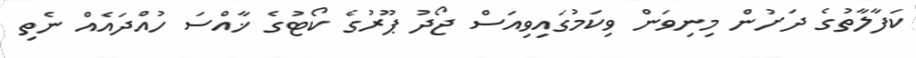
ކަފާލާތުގެ ދަށުން މިނިވަން ވިކަމުގައިވިއަސް ޖޯދު ޕޫރުގެ ކޯޓުގެ ޚާއްސަ ހުއްދައެއް ނެތި